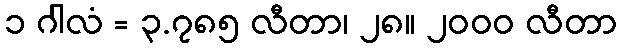
၁ ဂါလံ = ၃.၇၈၅ လီတာ၊ ၂၈။ ၂၀၀၀ လီတာ